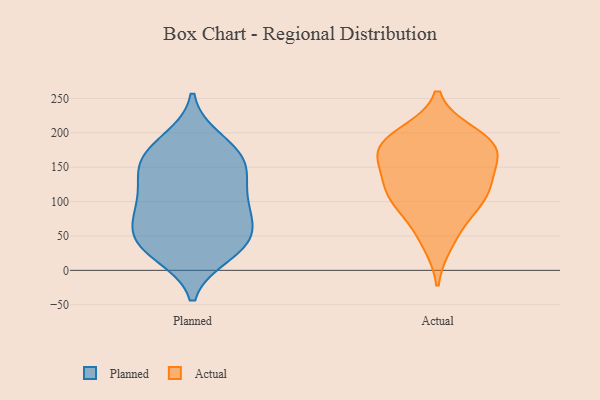
{"axis": {"x": "Shipments", "y": "Value"}, "legend": ["Actual", "Planned"], "data": [{"x": "", "y": 69, "type": "Planned"}, {"x": "", "y": 119, "type": "Planned"}, {"x": "", "y": 94, "type": "Planned"}, {"x": "", "y": 92, "type": "Planned"}, {"x": "", "y": 49, "type": "Planned"}, {"x": "", "y": 155, "type": "Planned"}, {"x": "", "y": 148, "type": "Planned"}, {"x": "", "y": 35, "type": "Planned"}, {"x": "", "y": 36, "type": "Planned"}, {"x": "", "y": 85, "type": "Planned"}, {"x": "", "y": 172, "type": "Planned"}, {"x": "", "y": 24, "type": "Planned"}, {"x": "", "y": 41, "type": "Planned"}, {"x": "", "y": 189, "type": "Planned"}, {"x": "", "y": 137, "type": "Planned"}, {"x": "", "y": 170, "type": "Planned"}, {"x": "", "y": 186, "type": "Actual"}, {"x": "", "y": 198, "type": "Actual"}, {"x": "", "y": 186, "type": "Actual"}, {"x": "", "y": 179, "type": "Actual"}, {"x": "", "y": 118, "type": "Actual"}, {"x": "", "y": 160, "type": "Actual"}, {"x": "", "y": 40, "type": "Actual"}, {"x": "", "y": 72, "type": "Actual"}, {"x": "", "y": 100, "type": "Actual"}, {"x": "", "y": 144, "type": "Actual"}, {"x": "", "y": 114, "type": "Actual"}, {"x": "", "y": 112, "type": "Actual"}, {"x": "", "y": 173, "type": "Actual"}]}